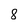
Character: 8